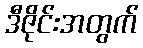
ဒီဇိုင်းအတွက်